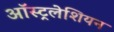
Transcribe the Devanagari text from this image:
ऑस्ट्रलेशियन